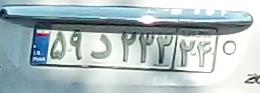
۵۹د۲۳۲۲۴